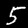
Digit: 5